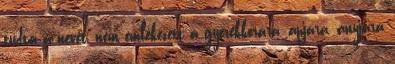
tudta a nevét, nem emlékezett a gye­rekkorára, apjára, anyjára